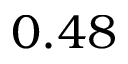
0 . 4 8